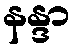
နန္ဒာ